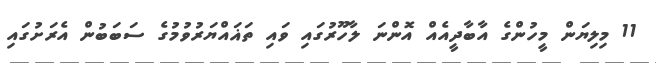
11 މިލިޔަން މީހުންގެ އާބާދީއެއް އޮންނަ ލާހޫރުގައި ވައި ތަޣައްޔަރުވުމުގެ ސަބަބުން އެރަށުގައި